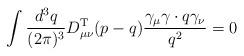
LaTeX: \begin{align*}\int \frac{d^3q}{(2 \pi)^3} D_{\mu \nu}^{\rm T} (p - q) \frac{\gamma_\mu \gamma\cdot q \gamma_\nu}{q^2} = 0 \end{align*}